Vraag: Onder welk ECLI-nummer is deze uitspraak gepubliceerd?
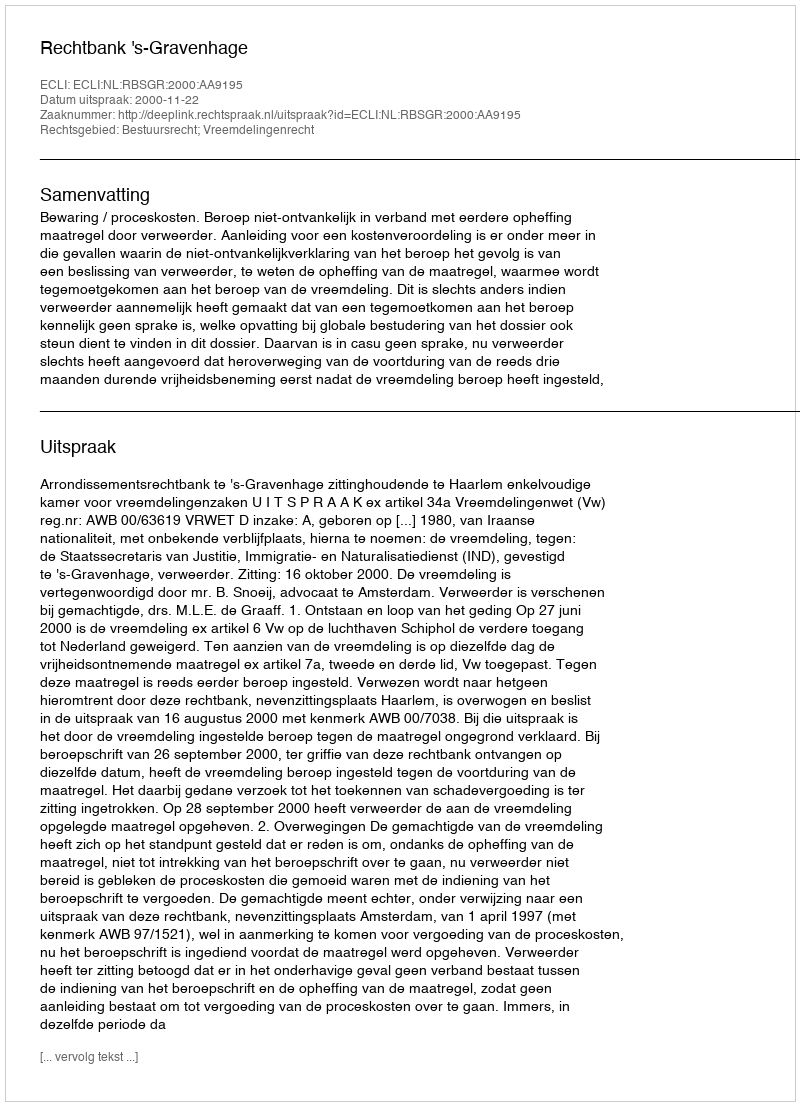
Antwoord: ECLI:NL:RBSGR:2000:AA9195